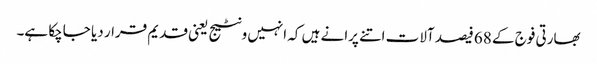
بھارتی فوج کے 68 فیصد آلات اتنے پرانے ہیں کہ انہیں ونٹیج یعنی قدیم قرار دیا جاچکا ہے۔